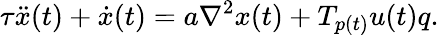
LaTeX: \tau\ddot{x}(t)+\dot{x}(t)=a\nabla^{2}x(t)+T_{p(t)}u(t)q.